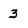
Character: 3